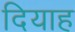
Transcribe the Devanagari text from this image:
दियाह